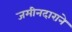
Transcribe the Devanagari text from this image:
जमीनदाराने